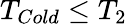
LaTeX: T_{Cold}\leq T_{2}